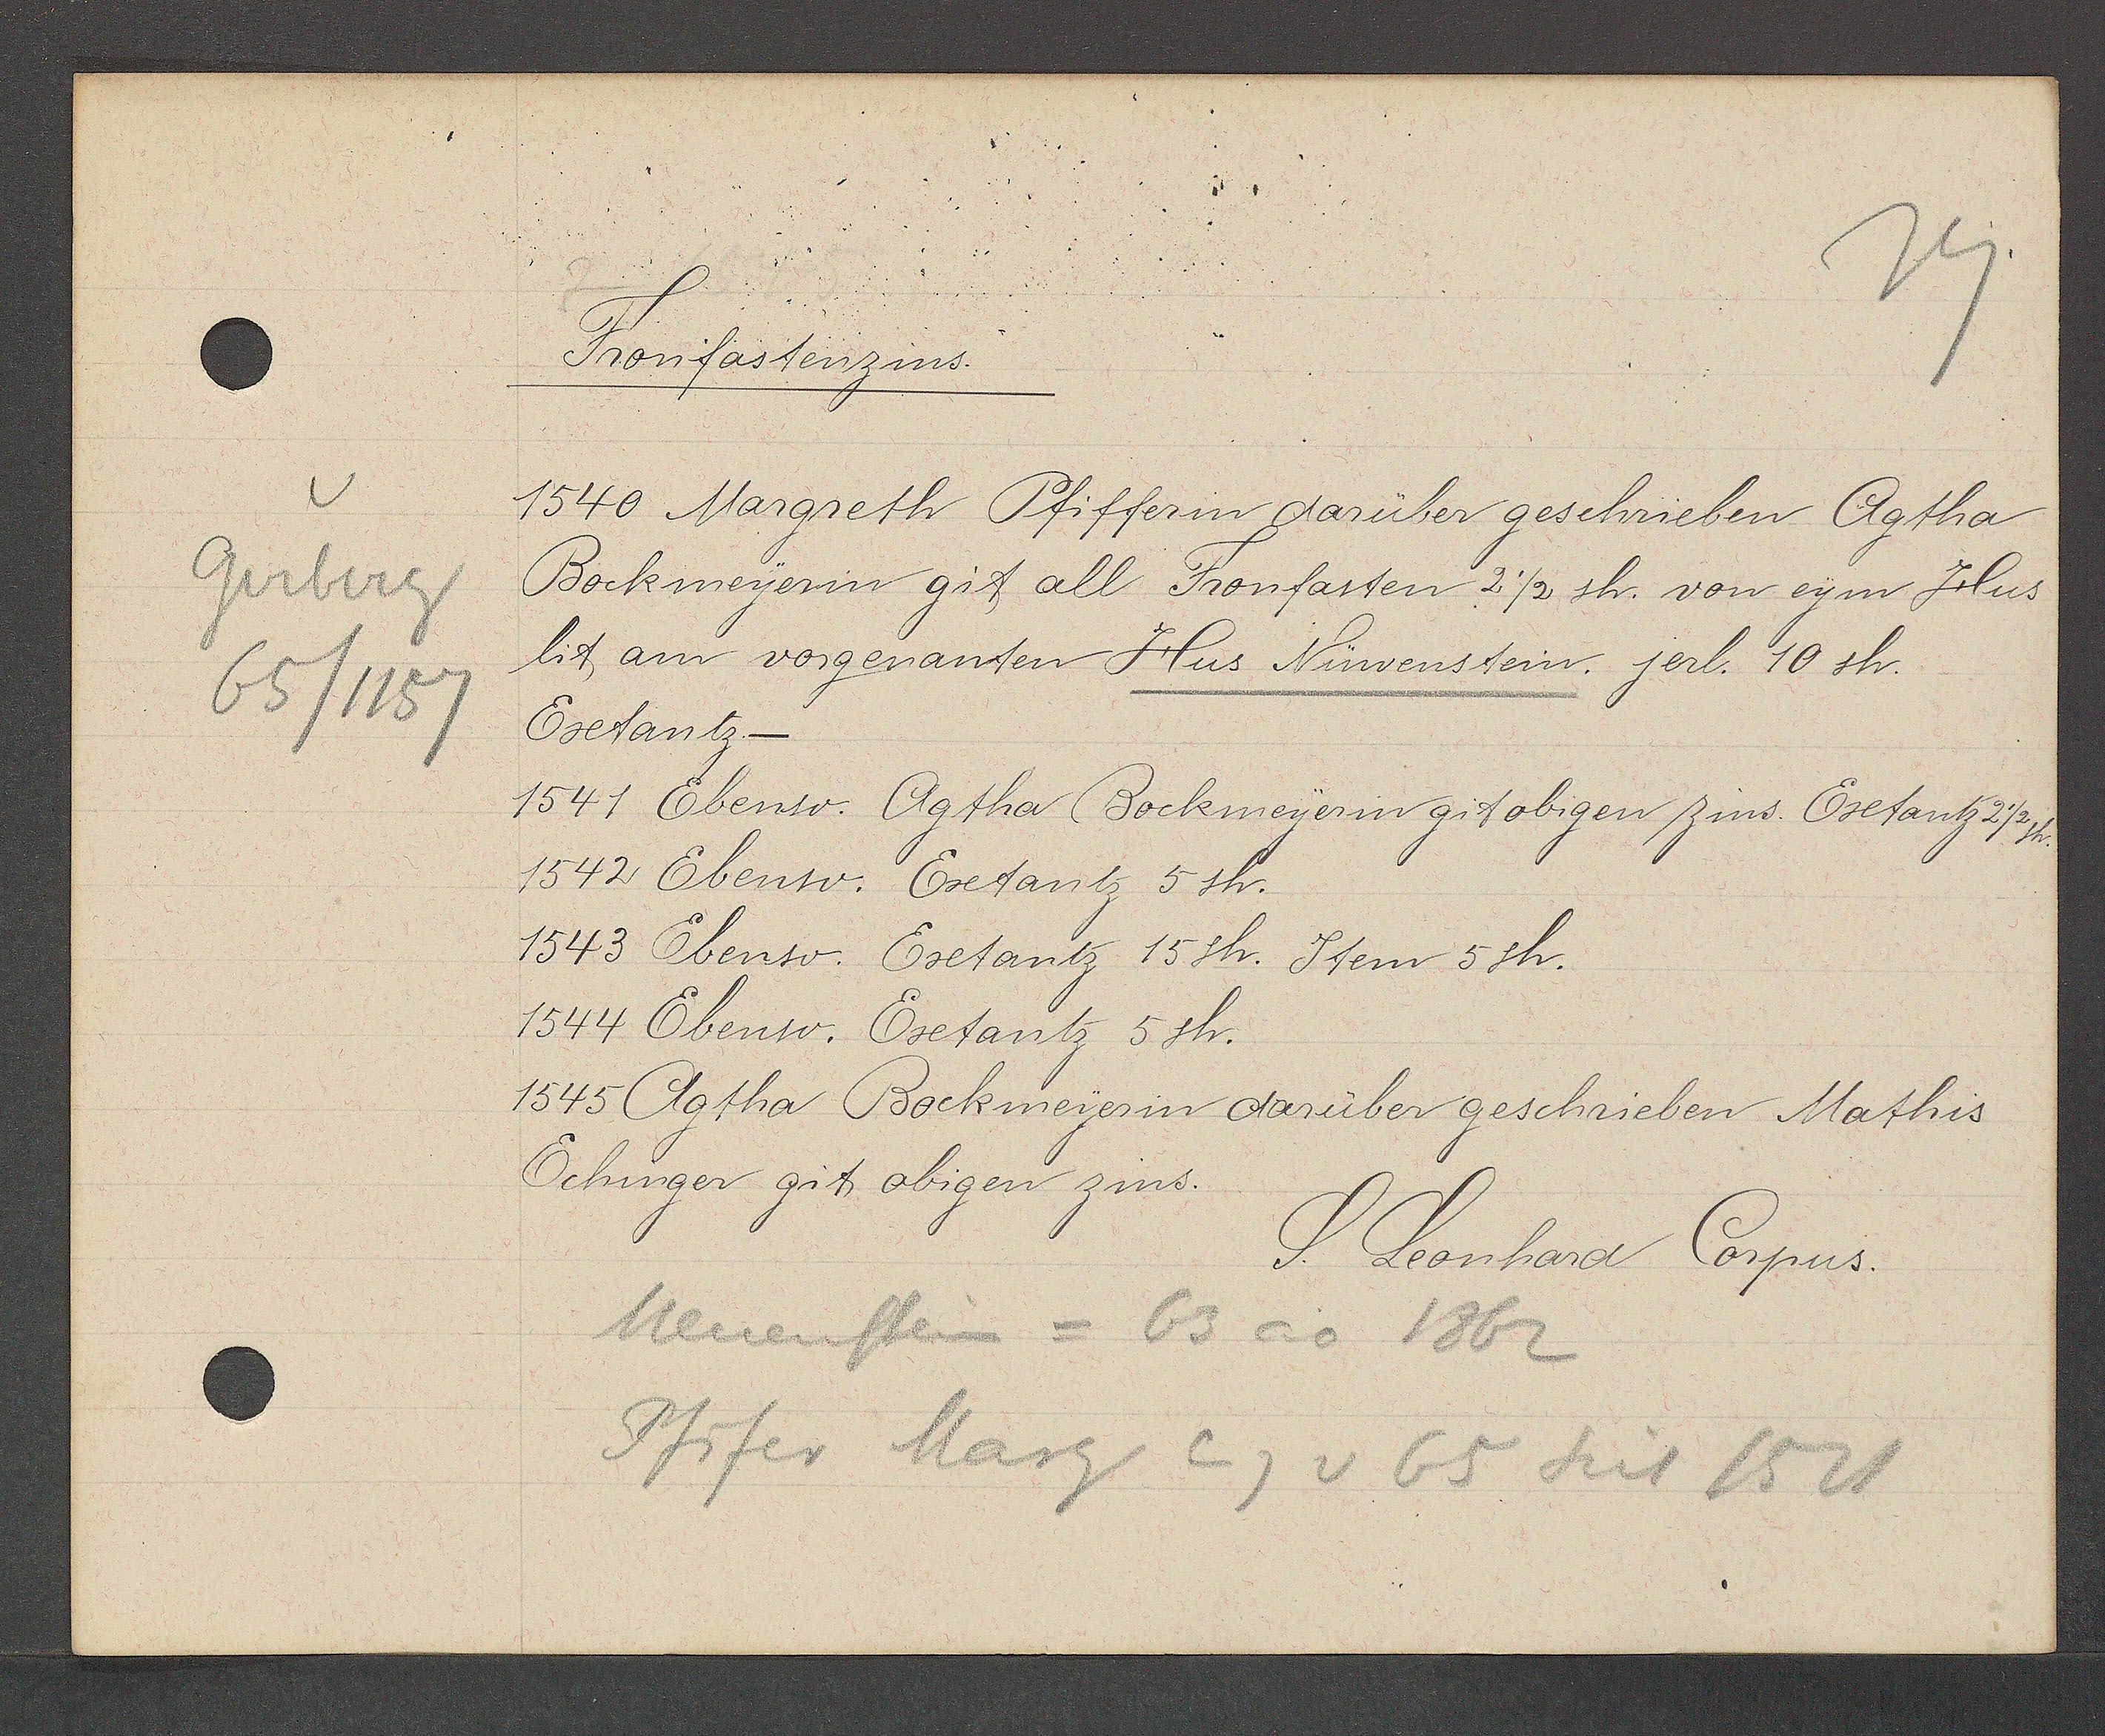
Transcript:
Gerberg
65/1157

Fronfastenzins.

1540 Margreth Pfifferin darüber geschrieben Agtha
Bockmeyerin git all Fronfasten 2 ½ sh. von eym Hus
lit am vorgenanten Hus Nüwenstein, jerl. 10 sh.
Extantz.
1541 Ebenso. Agtha Bockmeyerin git obigen Zins. Extantz 2 1/2 sh.
1542 Ebenso. Extantz 5 sh.
1543 Ebenso. Extantz 15sh. Item 5sh.
1544 Ebenso. Extantz 5 sh.
1545 Agtha Bockmeyerin darüber geschrieben Mathis
Echinger git obigen zins.

Meuenstein = 63 ao 1862
Pfifer Marg Eig v 65 seit 1521

S. Leonhard Corpus.